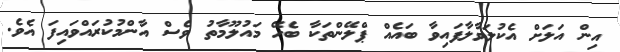
އިން އަލަށް އެކުލަވާލާފައިވާ ބައެއް ޕްލޭންތަކާ ބެހޭ މައުލޫމާތު ވެސް އާންމުކުރައްވައިފަ އެވެ.